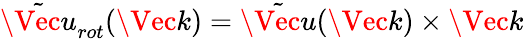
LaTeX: \tilde{\Vec{u}}_{rot}(\Vec{k})=\tilde{\Vec{u}}(\Vec{k})\times\Vec{k}